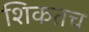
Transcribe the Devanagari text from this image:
शिकतच